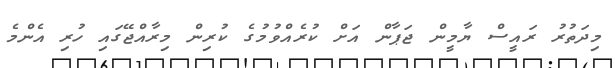
މިދަތުރު ރައީސް ޔާމީން ޖަޕާން އަށް ކުރެއްވުމުގެ ކުރިން މިރާއްޖޭގައި ހުރި އެންމެ